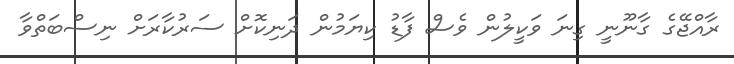
ރާއްޖޭގެ ގާނޫނީ ގިނަ ވަކީލުން ވެސް ފާޑު ކިޔަމުން ދަނިކޮށް ސަރުކާރަށް ނިސްބަތްވާ